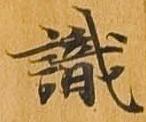
識